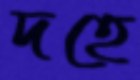
দহে